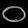
Digit: ၀